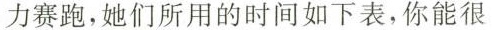
力赛跑，她们所用的时间如下表，你能很